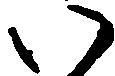
い